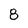
Character: 8